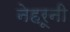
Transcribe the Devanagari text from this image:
नेहरूनी